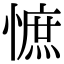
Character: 𢠫